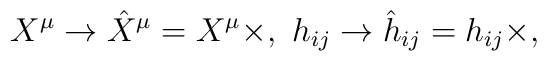
{}X^\mu \rightarrow \hat{X}^\mu = X^\mu \times,\ h_{ij}\rightarrow \hat{h}_{ij} = h_{ij} \times,